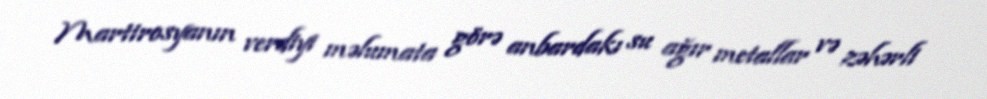
Martirosyanın verdiyi məlumata görə anbardakı su ağır metallar və zəhərli